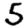
Digit: 5